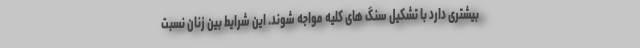
بیشتری دارد با تشکیل سنگ های کلیه مواجه شوند. این شرایط بین زنان نسبت